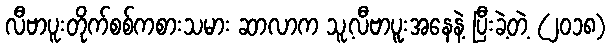
လီဗာပူးတိုက်စစ်ကစားသမား ဆာလာက သူ့လီဗာပူးအနေနဲ့ ပြီးခဲ့တဲ့ (၂၀၁၈)